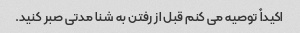
اکیداً توصیه می کنم قبل از رفتن به شنا مدتی صبر کنید.